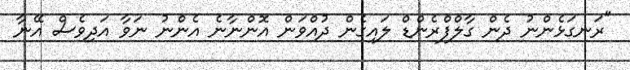
"ރަނގަޅެންނު ދެން ގާލްފްރެންޑް ލައިގެން ދުއްވަން އޮންނާނެ އެންނު ނަވާ އަދިވެސް އޭނާ